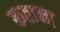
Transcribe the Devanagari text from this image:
कताना